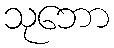
သုဘော